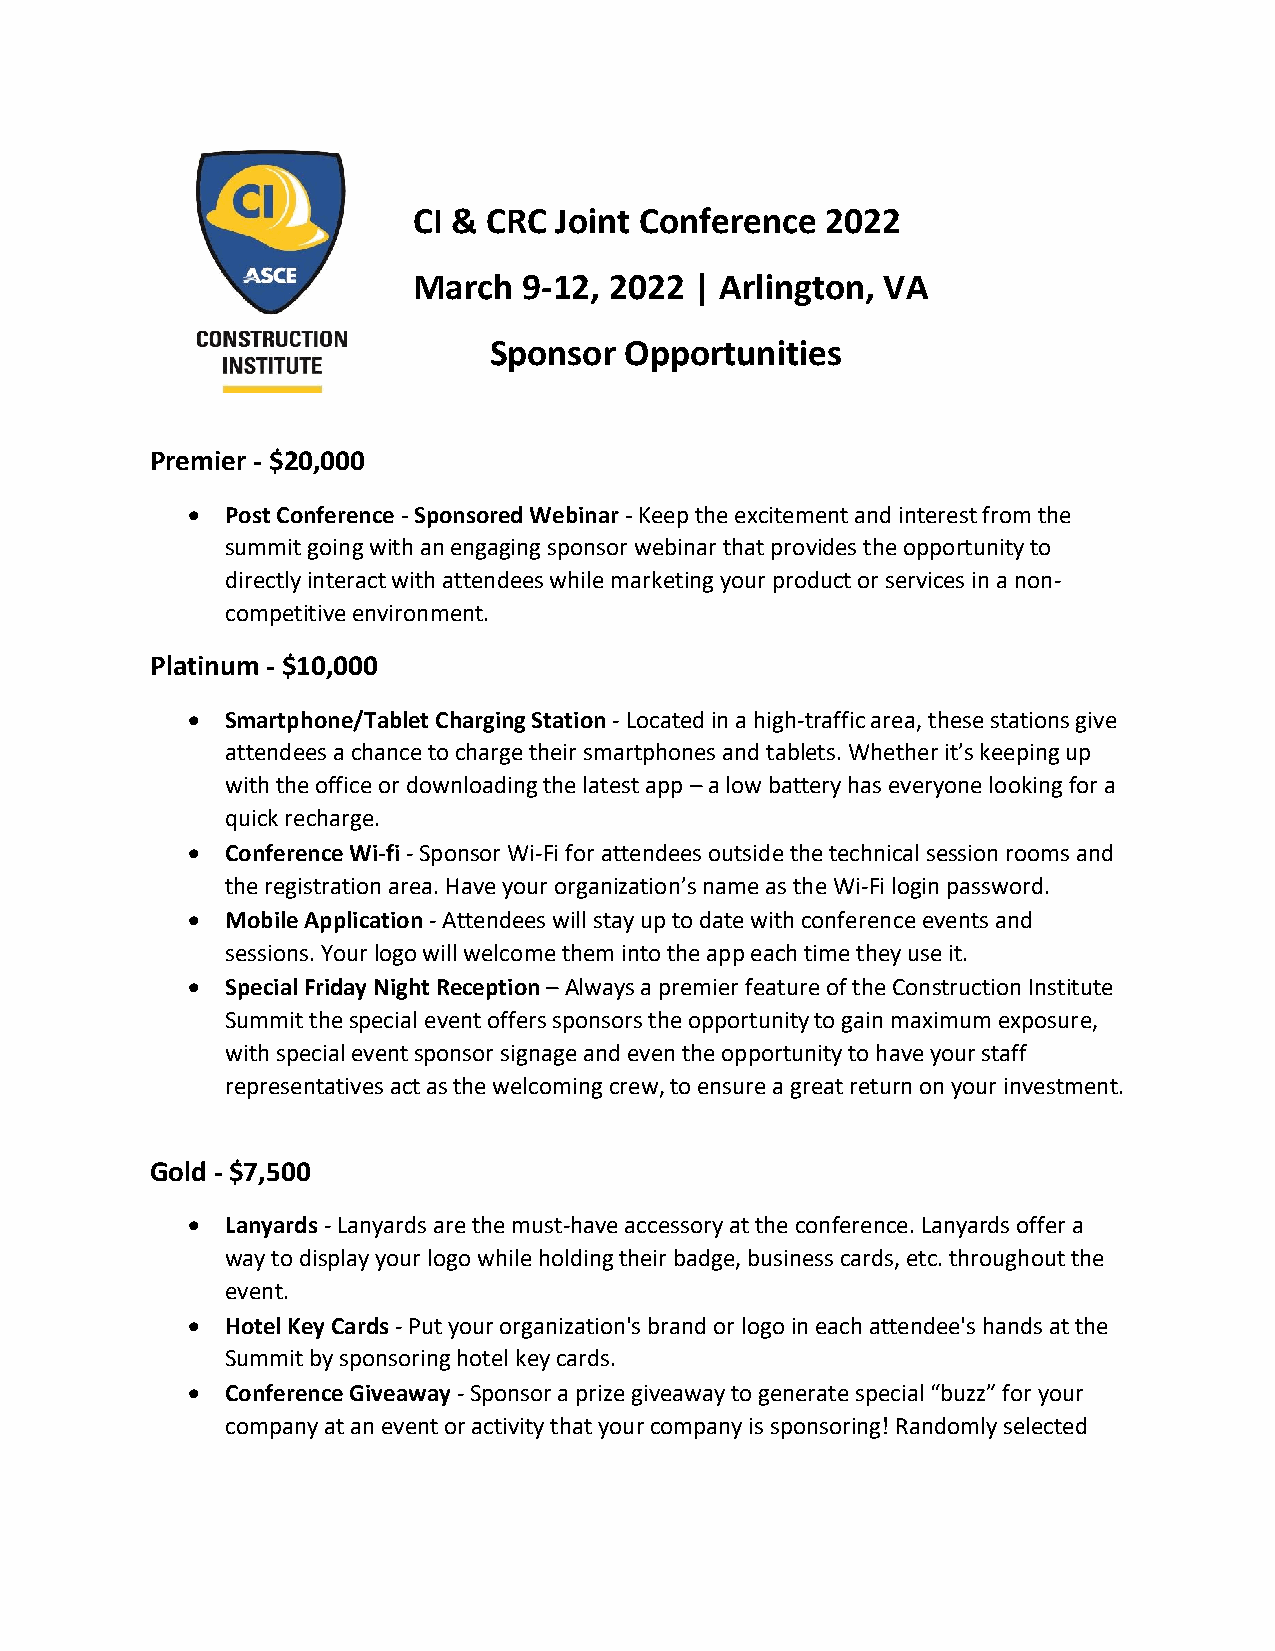
CI & CRC  Joint Conference  2022
 March   9-12, 2022 | Arlington, VA
 Sponsor  Opportunities
 Premier - $20,000
 •  Post Conference - Sponsored Webinar - Keep the excitement and interest from the
 summit going with an engaging sponsor webinar that provides the opportunity to
 directly interact with attendees while marketing your product or services in a non-
 competitive environment.
 Platinum - $10,000
 •  Smartphone/Tablet Charging Station - Located in a high-traffic area, these stations give
 attendees a chance to charge their smartphones and tablets. Whether it’s keeping up
 with the office or downloading the latest app – a low battery has everyone looking for a
 quick recharge.
 •  Conference Wi-fi - Sponsor Wi-Fi for attendees outside the technical session rooms and
 the registration area. Have your organization’s name as the Wi-Fi login password.
 •  Mobile Application - Attendees will stay up to date with conference events and
 sessions. Your logo will welcome them into the app each time they use it.
 •  Special Friday Night Reception – Always a premier feature of the Construction Institute
 Summit the special event offers sponsors the opportunity to gain maximum exposure,
 with special event sponsor signage and even the opportunity to have your staff
 representatives act as the welcoming crew, to ensure a great return on your investment.
 Gold - $7,500
 •  Lanyards - Lanyards are the must-have accessory at the conference. Lanyards offer a
 way to display your logo while holding their badge, business cards, etc. throughout the
 event.
 •  Hotel Key Cards - Put your organization's brand or logo in each attendee's hands at the
 Summit by sponsoring hotel key cards.
 •  Conference Giveaway - Sponsor a prize giveaway to generate special “buzz” for your
 company at an event or activity that your company is sponsoring! Randomly selected